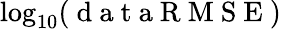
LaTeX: \log_{10}(\mathrm{~d~a~t~a~R~M~S~E~})